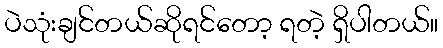
ပဲသုံးချင်တယ်ဆိုရင်တော့ ရတဲ့ ရှိပါတယ်။